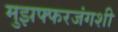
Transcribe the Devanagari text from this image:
मुझफ्फरजंगशी